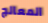
المعالج